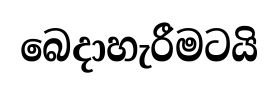
බෙදාහැරීමටයි